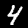
Label: 4